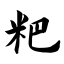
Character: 粑